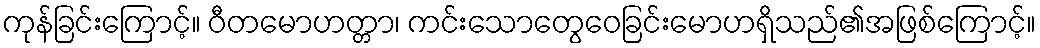
ကုန်ခြင်းကြောင့်။ ဝီတမောဟတ္တာ၊ ကင်းသောတွေဝေခြင်းမောဟရှိသည်၏အဖြစ်ကြောင့်။